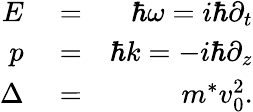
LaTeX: \begin{array}{rlr}{E}&{{}=}&{\hbar\omega=i\hbar\partial_{t}}\\ {p}&{{}=}&{\hbar k=-i\hbar\partial_{z}}\\ {\Delta}&{{}=}&{m^{*}v_{0}^{2}.}\end{array}